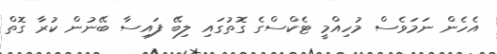
އެހެން ނަމަވެސް މުހިއްމީ ޓެކްސްގެ ގޮތުގައި ލިބޭ ފައިސާ ބޭނުން ކުރާ ގޮތް